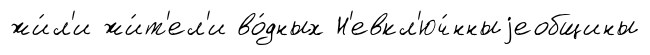
жи́л'и жи́т'ел'и во́дных Н'евкл'юч́нныjеобщины